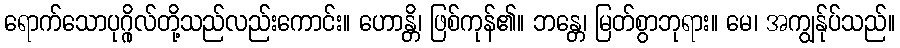
ရောက်သောပုဂ္ဂိုလ်တို့သည်လည်းကောင်း။ ဟောန္တိ၊ ဖြစ်ကုန်၏။ ဘန္တေ၊ မြတ်စွာဘုရား။ မေ၊ အကျွန်ုပ်သည်။